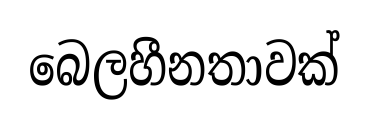
බෙලහීනතාවක්